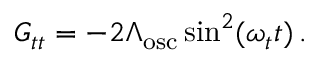
G _ { t t } = - 2 \Lambda _ { \mathrm { o s c } } \sin ^ { 2 } ( \omega _ { t } t ) \, .